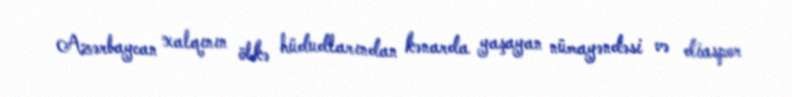
Azərbaycan xalqının ölkə hüdudlarından kənarda yaşayan nümayəndəsi və diaspor